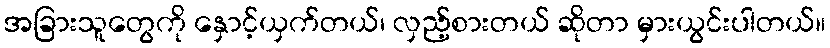
အခြားသူတွေကို နှောင့်ယှက်တယ်၊ လှည့်စားတယ် ဆိုတာ မှားယွင်းပါတယ်။